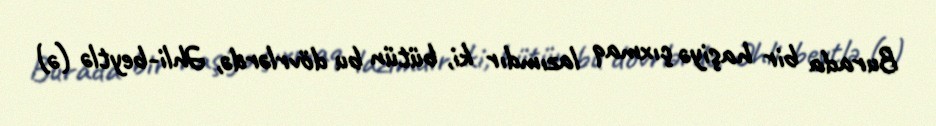
Burada bir haşiyə çıxmaq lazımdır ki, bütün bu dövrlərdə, Əhli-beytlə (ə)